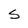
Character: S